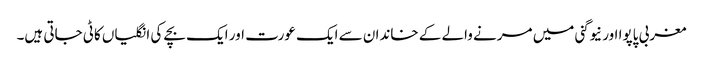
مغربی پاپوا اور نیوگنی میں مرنے والے کے خاندان سے ایک عورت اور ایک بچے کی انگلیاں کاٹی جاتی ہیں۔